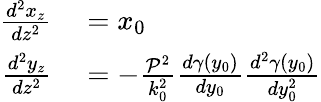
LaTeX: \begin{array}{rl}{\frac{d^{2}x_{z}}{dz^{2}}}&{{}=x_{0}}\\ {\frac{d^{2}y_{z}}{dz^{2}}}&{{}=-\frac{\mathcal{P}^{2}}{k_{0}^{2}}\frac{d\gamma(y_{0})}{dy_{0}}\frac{d^{2}\gamma(y_{0})}{dy_{0}^{2}}}\end{array}